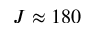
J \approx 1 8 0